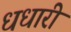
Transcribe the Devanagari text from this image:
धधारी